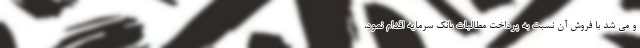
و می شد با فروش آن نسبت به پرداخت مطالبات بانك سرمايه اقدام نمود،